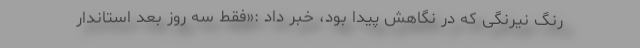
رنگ نیرنگی که در نگاهش پیدا بود، خبر داد :«فقط سه روز بعد استاندار